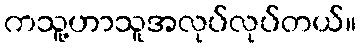
ကသူ့ဟာသူအလုပ်လုပ်တယ်။